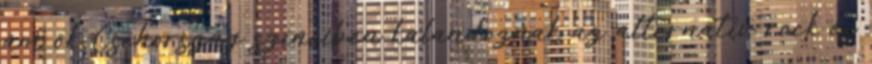
ám ők Csehország színeiben kalandoznak az alternatív rock és